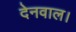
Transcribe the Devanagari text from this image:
देनवाल।